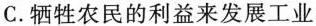
C.牺牲农民的利益来发展工业